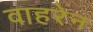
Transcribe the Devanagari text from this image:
वाहरेन